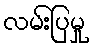
လမ်းပြမှု